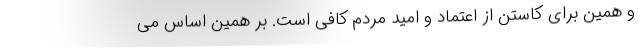
و همین برای کاستن از اعتماد و امید مردم کافی است. بر همین اساس می